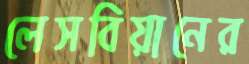
লেসবিয়ানের